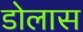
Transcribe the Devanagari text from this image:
डोलास